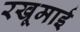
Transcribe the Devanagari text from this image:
रखूमाई